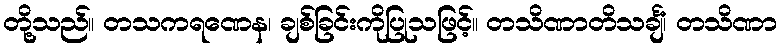
တို့သည်။ တသကရဏေန၊ ချစ်ခြင်းကိုပြုသဖြင့်။ တသိဏာတိသင်္ချံ၊ တသိဏာ